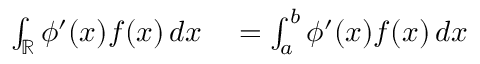
\begin{array} { r l } { \int _ { \mathbb { R } } \phi ^ { \prime } ( x ) f ( x ) \, d x } & { { } = \int _ { a } ^ { b } \phi ^ { \prime } ( x ) f ( x ) \, d x } \end{array}